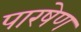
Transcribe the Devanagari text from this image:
पारषेण